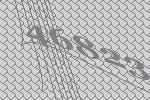
46823